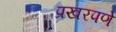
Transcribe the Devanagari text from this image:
प्रखरपणे